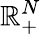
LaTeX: \mathbb{R}_{+}^{N}